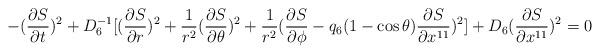
LaTeX: \begin{align*}-({\partial S\over\partial t})^2+D_6^{-1}[({\partial S\over\partial r})^2+{1\over r^2}({\partial S\over\partial\theta})^2+{1\over r^2}({\partial S\over\partial\phi}-q_6 (1-\cos\theta){\partial S\over\partial x^{11}})^2]+D_6({\partial S\over\partial x^{11}})^2 = 0\end{align*}